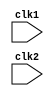
// PIPELINED PROCESSOR ON MIPS 32 (RISC ISA);
 
 module pipe_MIPS32 (clk1, clk2);
 
 input clk1, clk2;    // Two phase clock 
 reg [31:0] PC, IF_ID_IR, IF_ID_NPC;
 reg [31:0] ID_EX_IR, ID_EX_NPC, ID_EX_A, ID_EX_B, ID_EX_Imm;
 reg [2:0] ID_EX_type, EX_MEM_type, MEM_WB_type;
 reg [31:0] EX_MEM_IR, EX_MEM_ALUout, EX_MEM_B;
 reg EX_MEM_cond;
 reg [31:0] MEM_WB_IR, MEM_WB_ALUout, MEM_WB_LMD;
 
 reg [31:0] Reg [0:31];       // Register Bank (32x32);
 reg [31:0] Mem [0:1023];	  // 1024 x 32 memory;
 
 parameter ADD=6'b000000, SUB=6'b000001,  AND=6'b000010, 
		   OR=6'b000011, SLT=6'b000100, MUL=6'b000101, 
		   LW=6'b001000, SW=6'b001001, ADDI=6'b001010,
		   SUBI=6'b001011, SLTI=6'b001100, BNEQZ=6'b001101, 
		   BEQZ=6'b001110, HLT=6'b111111;

parameter RR_ALU=3'b000, RM_ALU=3'b001, LOAD=3'b010, 
		  STORE=3'b011, BRANCH=3'b100, HALT=3'b101;

reg HALTED;  // Set after HLT instruction is completed (in WB stage)

reg TAKEN_BRANCH;   // Required to disable instructions after branch

// INSTRUCTION FETCH (IF) STAGE 

always @(posedge clk1)
	if (HALTED==0)
	begin 
		if (((EX_MEM_IR[31:26]==BEQZ) && (EX_MEM_cond==1)) ||
			((EX_MEM_IR[31:26]==BNEQZ) && (EX_MEM_cond==0)))
			begin
				IF_ID_IR      <= #2 Mem[EX_MEM_ALUout];
				TAKEN_BRANCH  <= #2 1'b1;
				IF_ID_NPC  	  <= #2 EX_MEM_ALUout+1;
				PC			  <= #2 EX_MEM_ALUout+1;
			end
		else
			begin
				IF_ID_IR      <= #2 Mem[PC];

				IF_ID_NPC  	  <= #2 PC+1;
				PC			  <= #2 PC+1;
			end
	end

// INSTRUCTION DECODE (ID) STAGE 

always @(posedge clk2)
	if (HALTED==0)
	begin
		if (IF_ID_IR[25:21]==5'b00000) ID_EX_A<=0;
		else ID_EX_A <= #2 Reg[IF_ID_IR[25:21]];
		
		if (IF_ID_IR[20:16]==5'b00000) ID_EX_B<=0;
		else ID_EX_B <= #2 Reg[IF_ID_IR[20:16]]; 

		ID_EX_NPC   <= #2 IF_ID_NPC;
		ID_EX_IR	<= #2 IF_ID_IR;
		ID_EX_Imm	<= #2 {{16{IF_ID_IR[15]}}, {IF_ID_IR[15:0]}};
		
		case (IF_ID_IR[31:26])
		
			ADD,SUB,AND,OR,SLT,MUL:   ID_EX_type <= #2 RR_ALU;
			ADDI,SUBI,SLTI: 		  ID_EX_type <= #2 RM_ALU;
			LW:						  ID_EX_type <= #2 LOAD;
			SW:						  ID_EX_type <= #2 STORE;
			BNEQZ,BEQZ:				  ID_EX_type <= #2 BRANCH;
			HLT:					  ID_EX_type <= #2 HALT;
			default:				  ID_EX_type <= #2 HALT;
		
		endcase
	end
	
// EXECUTION (EX) STAGE

always @(posedge clk1)

	if (HALTED==0)
	begin
		EX_MEM_type <= #2 ID_EX_type;
		EX_MEM_IR   <= #2 ID_EX_IR;
		TAKEN_BRANCH<= #2 0;
		
		case (ID_EX_type)
			
			RR_ALU: begin
						case (ID_EX_IR[31:26])   // OPCODE
							ADD:    EX_MEM_ALUout <= #2 ID_EX_A + ID_EX_B;
							SUB:    EX_MEM_ALUout <= #2 ID_EX_A - ID_EX_B;
							AND:    EX_MEM_ALUout <= #2 ID_EX_A & ID_EX_B;
							OR:     EX_MEM_ALUout <= #2 ID_EX_A | ID_EX_B;
							SLT:    EX_MEM_ALUout <= #2 ID_EX_A < ID_EX_B;
							MUL:    EX_MEM_ALUout <= #2 ID_EX_A * ID_EX_B;
							default:EX_MEM_ALUout <= #2 32'hxxxxxxxx;
						endcase
					end
			
			RM_ALU: begin
						case (ID_EX_IR[31:26]) // OPCODE
							ADDI:   EX_MEM_ALUout <= #2 ID_EX_A + ID_EX_Imm;
							SUBI:   EX_MEM_ALUout <= #2 ID_EX_A - ID_EX_Imm;
							SLTI:   EX_MEM_ALUout <= #2 ID_EX_A < ID_EX_Imm;
							default:EX_MEM_ALUout <= #2 32'hxxxxxxxx;
						endcase
					end
			
			LOAD, STORE: begin
							EX_MEM_ALUout <= #2 ID_EX_A + ID_EX_Imm;
							EX_MEM_B      <= #2 ID_EX_B;
						end
			
			BRANCH: begin
						EX_MEM_ALUout <= #2 ID_EX_NPC + ID_EX_Imm;
						EX_MEM_cond   <= #2 (ID_EX_A==0);
					end
		endcase
	end
	
// MEMORY (MEN) STAGE 

always @(posedge clk2)
	if (HALTED==0)
	begin
		MEM_WB_type <= EX_MEM_type;
		MEM_WB_IR	<= EX_MEM_IR;
		
		case (EX_MEM_type)
			RR_ALU, RM_ALU:
							MEM_WB_ALUout  <= #2 EX_MEM_ALUout;
			LOAD:			MEM_WB_LMD     <= #2 Mem[EX_MEM_ALUout];
			
			STORE: if (TAKEN_BRANCH==0)   //Disable write
			
						Mem[EX_MEM_ALUout] <= #2 EX_MEM_B;
		
		endcase
	end
	
// WRITE BACK (WB) STAGE 

always @(posedge clk1)
	begin
		if (TAKEN_BRANCH==0)
		case (MEM_WB_type)
		
			RR_ALU:  Reg[MEM_WB_IR[15:11]] <= #2 MEM_WB_ALUout; // "rd"
			RM_ALU:  Reg[MEM_WB_IR[20:16]] <= #2 MEM_WB_ALUout; // "rt"
			LOAD:    Reg[MEM_WB_IR[20:16]] <= #2 MEM_WB_LMD;    // "rt"
			HALT:    HALTED <= #2 1'b1;
			
		endcase
	end
	
endmodule